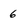
Character: 6